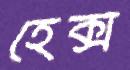
হেক্স